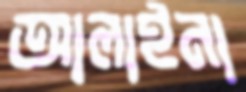
আলাইনা